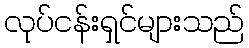
လုပ်ငန်းရှင်များသည်